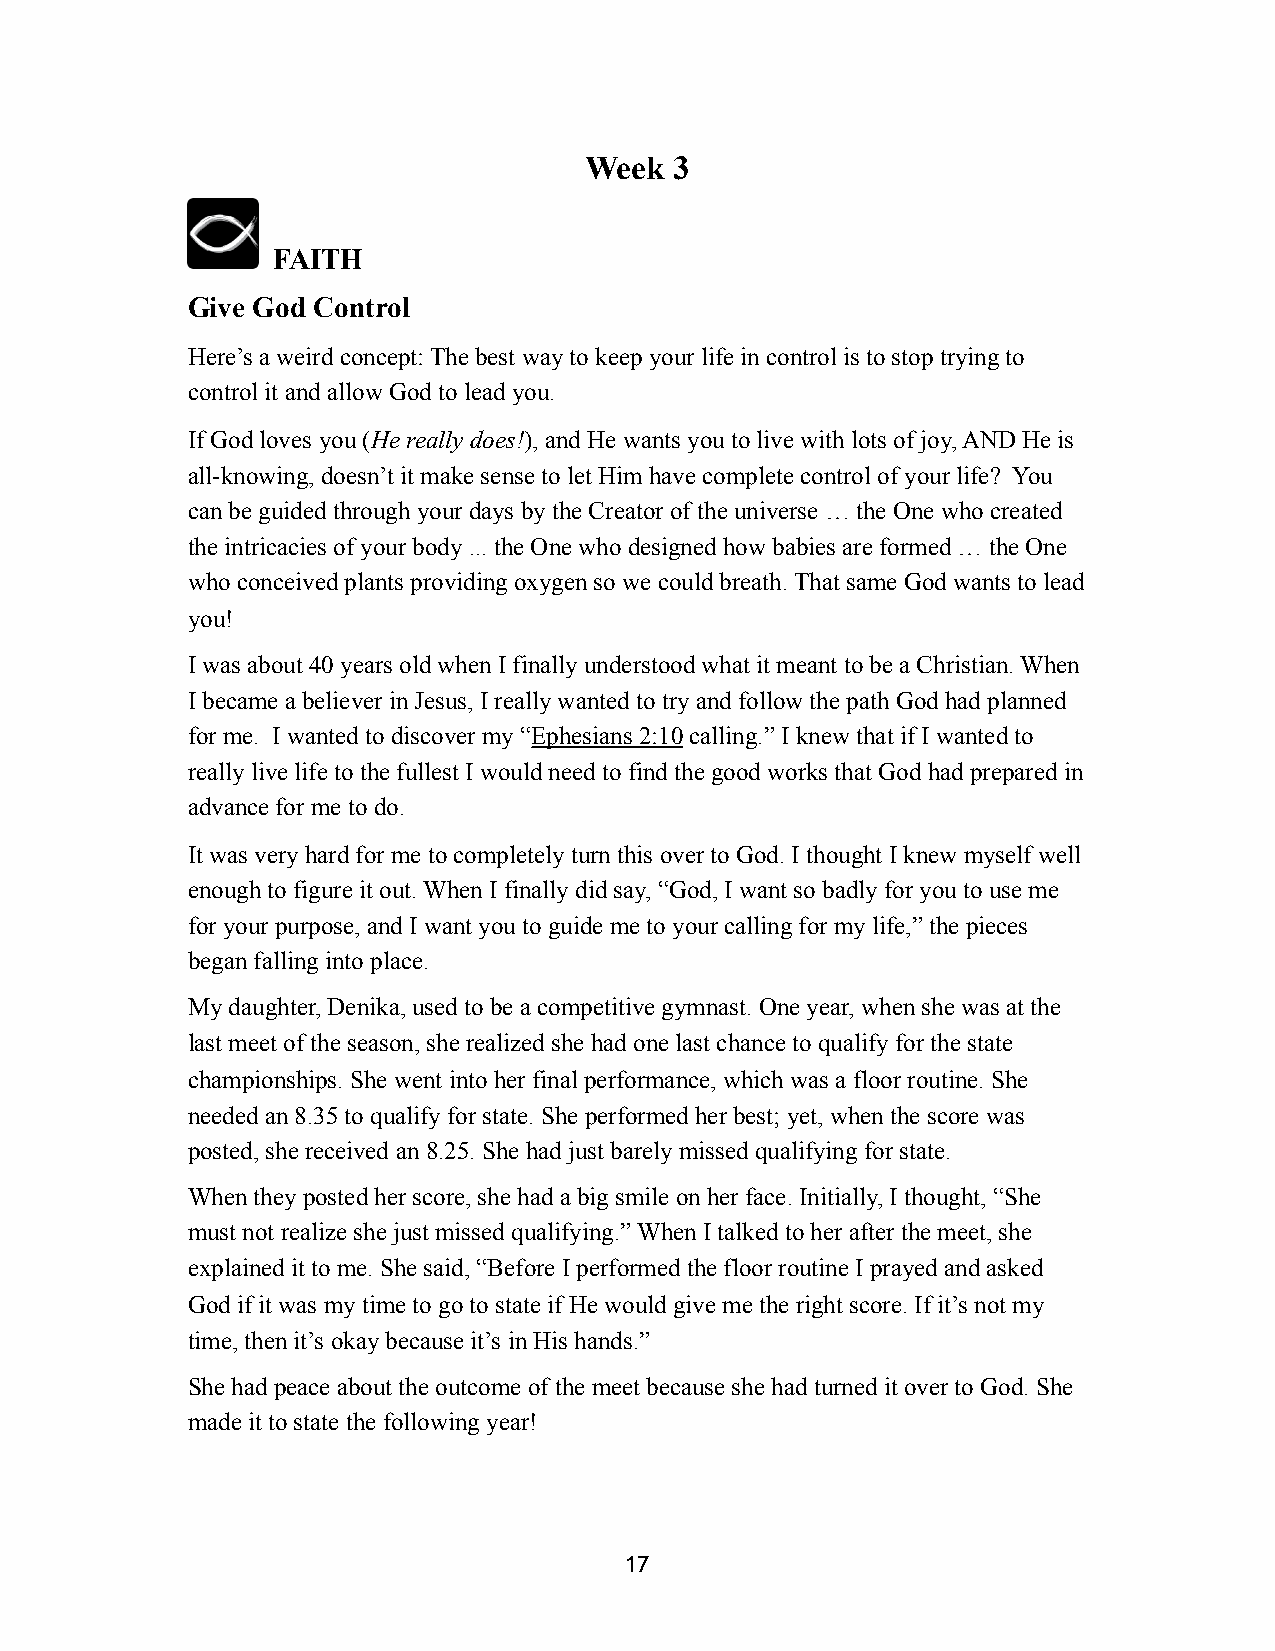
Week  3
 FAITH
 Give God Control
 Here’s a weird concept: The best way to keep your life in control is to stop trying to
 control it and allow God to lead you.
 If God loves you (He really does!), and He wants you to live with lots of joy, AND He is
 all-knowing, doesn’t it make sense to let Him have complete control of your life? You
 can be guided through your days by the Creator of the universe … the One who created
 the intricacies of your body ... the One who designed how babies are formed … the One
 who conceived plants providing oxygen so we could breath. That same God wants to lead
 you!
 I was about 40 years old when I finally understood what it meant to be a Christian. When
 I became a believer in Jesus, I really wanted to try and follow the path God had planned
 for me. I wanted to discover my “Ephesians 2:10 calling.” I knew that if I wanted to
 really live life to the fullest I would need to find the good works that God had prepared in
 advance for me to do.
 It was very hard for me to completely turn this over to God. I thought I knew myself well
 enough to figure it out. When I finally did say, “God, I want so badly for you to use me
 for your purpose, and I want you to guide me to your calling for my life,” the pieces
 began falling into place.
 My daughter, Denika, used to be a competitive gymnast. One year, when she was at the
 last meet of the season, she realized she had one last chance to qualify for the state
 championships. She went into her final performance, which was a floor routine. She
 needed an 8.35 to qualify for state. She performed her best; yet, when the score was
 posted, she received an 8.25. She had just barely missed qualifying for state.
 When they posted her score, she had a big smile on her face. Initially, I thought, “She
 must not realize she just missed qualifying.” When I talked to her after the meet, she
 explained it to me. She said, “Before I performed the floor routine I prayed and asked
 God if it was my time to go to state if He would give me the right score. If it’s not my
 time, then it’s okay because it’s in His hands.”
 She had peace about the outcome of the meet because she had turned it over to God. She
 made it to state the following year!
 17